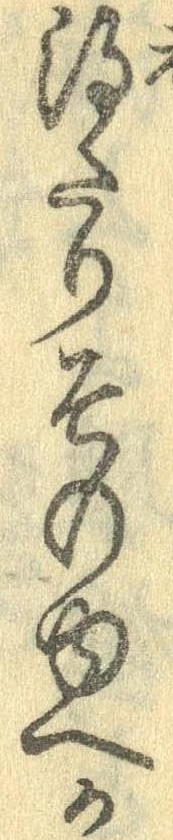
得たりそのゆへか